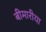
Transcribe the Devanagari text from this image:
बीमारीया